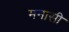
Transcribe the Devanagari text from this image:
मनासी